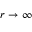
r \to \infty